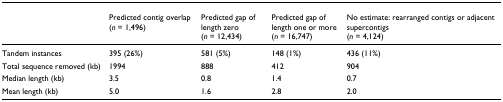
<table><thead><tr><td></td><td><b>Predicted contig overlap (<i>n </i>= 1,496)</b></td><td><b>Predicted gap of length zero (<i>n </i>= 12,434)</b></td><td><b>Predicted gap of length one or more (<i>n </i>= 16,747)</b></td><td><b>No estimate: rearranged contigs or adjacent supercontigs (<i>n </i>= 4,124)</b></td></tr></thead><tbody><tr><td>Tandem instances</td><td>395 (26%)</td><td>581 (5%)</td><td>148 (1%)</td><td>436 (11%)</td></tr><tr><td>Total sequence removed (kb)</td><td>1994</td><td>888</td><td>412</td><td>904</td></tr><tr><td>Median length (kb)</td><td>3.5</td><td>0.8</td><td>1.4</td><td>0.7</td></tr><tr><td>Mean length (kb)</td><td>5.0</td><td>1.6</td><td>2.8</td><td>2.0</td></tr></tbody></table>